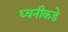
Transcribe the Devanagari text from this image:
ध्वनीकडे